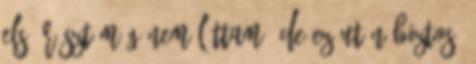
első részt még nem láttam, de ez után biztos,